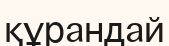
құрандай